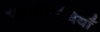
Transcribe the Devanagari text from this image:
कार्याविधियाँ